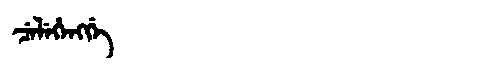
Manchu: ᠴᡝᠯᡝᡥᡝᠩᡤᡝ
Romanization: CELEHENGGE